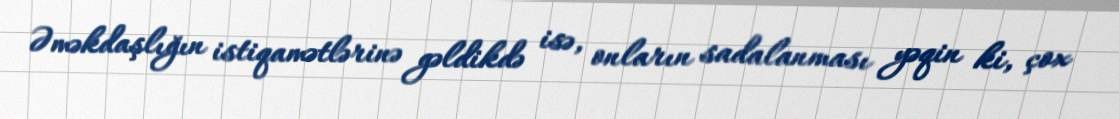
Əməkdaşlığın istiqamətlərinə gəldikdə isə, onların sadalanması yəqin ki, çox